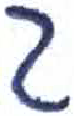
אות: ג